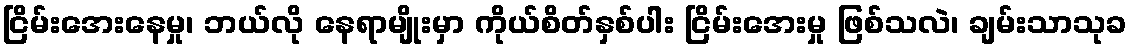
ငြိမ်းအေးနေမှု၊ ဘယ်လို နေရာမျိုးမှာ ကိုယ်စိတ်နှစ်ပါး ငြိမ်းအေးမှု ဖြစ်သလဲ၊ ချမ်းသာသုခ